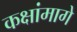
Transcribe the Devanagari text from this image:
कक्षांमागे